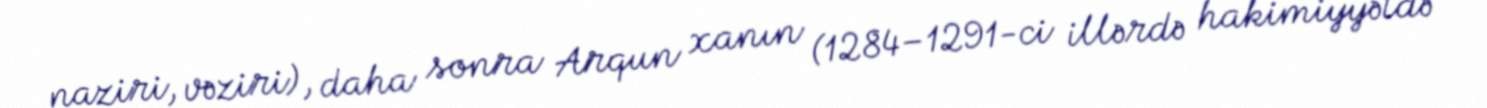
naziri, vəziri), daha sonra Arqun xanın (1284–1291-ci illərdə hakimiyyətdə